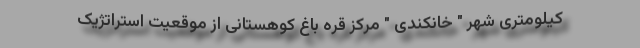
کیلومتری شهر " خانکندی " مرکز قره باغ کوهستانی از موقعیت استراتژیک